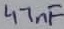
Text: 47nF